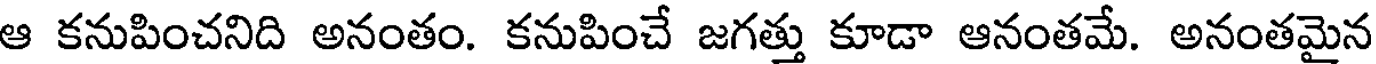
ఆ కనుపించనిది అనంతం. కనుపించే జగత్తు కూడా ఆనంతమే. అనంతమైన